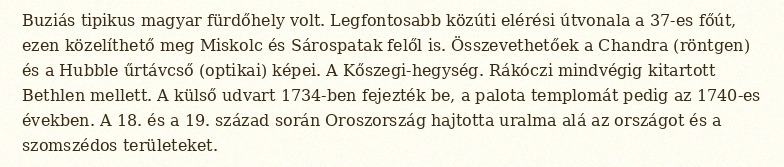
Buziás tipikus magyar fürdőhely volt. Legfontosabb közúti elérési útvonala a 37-es főút, ezen közelíthető meg Miskolc és Sárospatak felől is. Összevethetőek a Chandra (röntgen) és a Hubble űrtávcső (optikai) képei. A Kőszegi-hegység. Rákóczi mindvégig kitartott Bethlen mellett. A külső udvart 1734-ben fejezték be, a palota templomát pedig az 1740-es években. A 18. és a 19. század során Oroszország hajtotta uralma alá az országot és a szomszédos területeket.